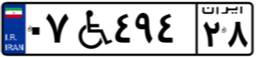
۰۷W۴۹۴۲۸